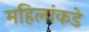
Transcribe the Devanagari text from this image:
महिलांकडे